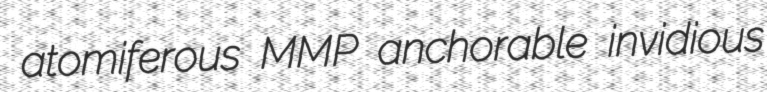
atomiferous MMP anchorable invidious